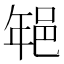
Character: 𨚽